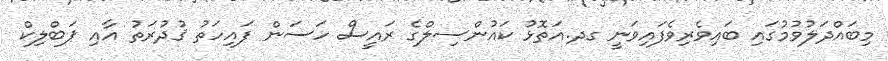
މިބައްދަލުވުމުގައި ބައިވެރިވެފައިވަނީ ގދ.އަތޮޅު ކައުންސިލްގެ ރައީސް ހަސަން ފައިހަތު ޤުދުރަތު އާއި ޕަބްލިކް